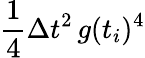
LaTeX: \frac{1}{4}\Delta t^{2}\, g(t_{i})^{4}